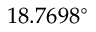
1 8 . 7 6 9 8 ^ { \circ }